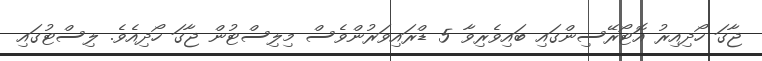
ޖާގަ ހޯދިއިރު އޮޓޯރޭސިންގައި ބައިވެރިވާ 5 ޑްރައިވަރުންވެސް މިލިސްޓުން ޖާގަ ހޯދިއެވެ. ލިސްޓުގައި